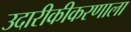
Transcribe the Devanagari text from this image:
उदारीकीकरणाला